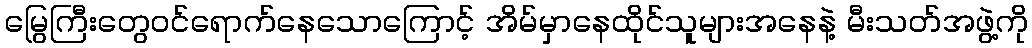
မြွေကြီးတွေဝင်ရောက်နေသောကြောင့် အိမ်မှာနေထိုင်သူများအနေနဲ့ မီးသတ်အဖွဲ့ကို